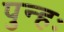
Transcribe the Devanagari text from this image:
पुन्हः